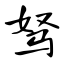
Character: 驽